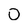
Character: 0